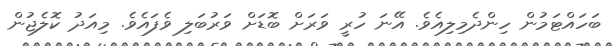
ބަހައްޓަމުން ހިންދެމިލިއެވެ. އޭނަ ހުރީ ވަރަށް ބޮޑަށް ވަރުބަލި ވެފައެވެ. މިއަދު ކޮލެޖުން